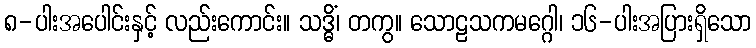
၈-ပါးအပေါင်းနှင့် လည်းကောင်း။ သဒ္ဓိံ၊ တကွ။ သောဠသကမဂ္ဂေါ၊ ၁၆-ပါးအပြားရှိသော